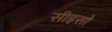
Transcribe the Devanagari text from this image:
सीइसो